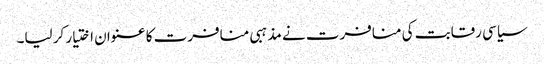
سیاسی رقابت کی منافرت نے مذہبی منافرت کا عنوان اختیار کر لیا۔